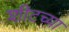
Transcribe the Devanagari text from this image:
शीटच्या